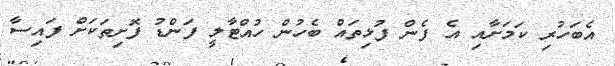
އެބަހުރި ކަމަށާއި އެ ފެން ފުޅިތައް ބެހުން ހުއްޓާލީ ފަންޑު ފޮށިތަކަށް ފައިސާ